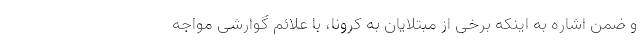
و ضمن اشاره به اینکه برخی از مبتلایان به کرونا، با علائم گوارشی مواجه